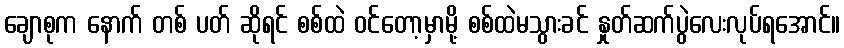
ချောစုက နောက် တစ် ပတ် ဆိုရင် စစ်ထဲ ဝင်တော့မှာမို့ စစ်ထဲမသွားခင် နှုတ်ဆက်ပွဲလေးလုပ်ရအောင်။